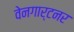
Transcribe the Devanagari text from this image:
वेनगार्टनर